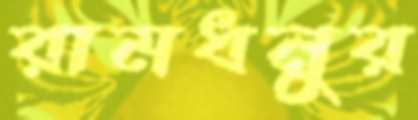
রামধনুর